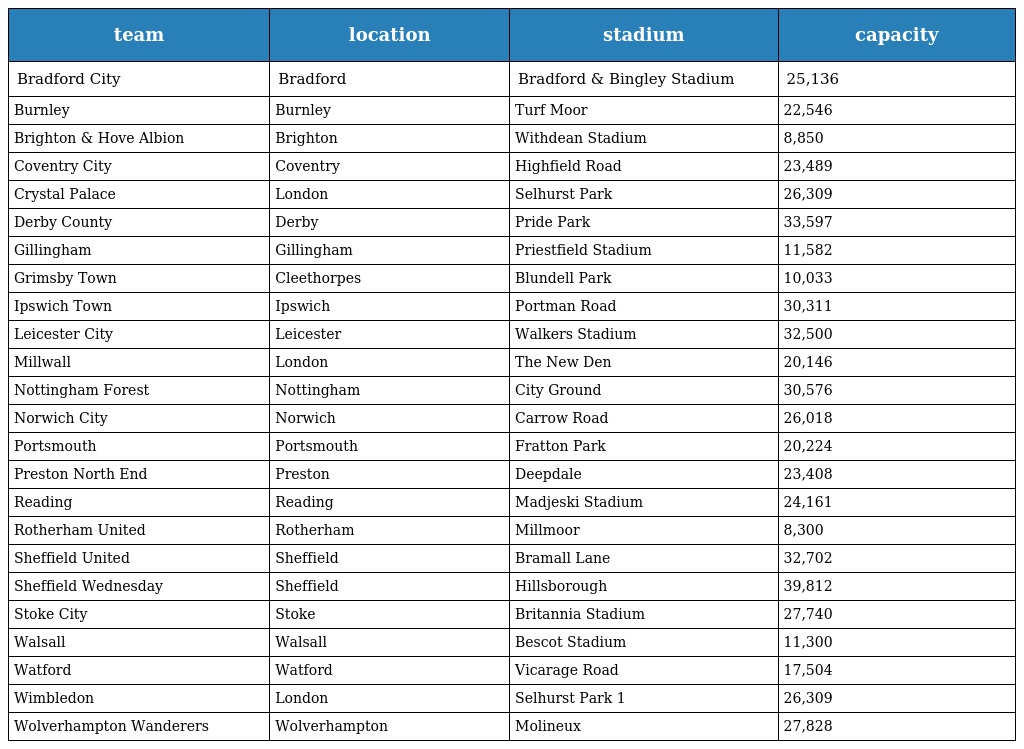
| team | location | stadium | capacity |
 | --- | --- | --- | --- |
 | Bradford City | Bradford | Bradford & Bingley Stadium | 25,136 |
 | Burnley | Burnley | Turf Moor | 22,546 |
 | Brighton & Hove Albion | Brighton | Withdean Stadium | 8,850 |
 | Coventry City | Coventry | Highfield Road | 23,489 |
 | Crystal Palace | London | Selhurst Park | 26,309 |
 | Derby County | Derby | Pride Park | 33,597 |
 | Gillingham | Gillingham | Priestfield Stadium | 11,582 |
 | Grimsby Town | Cleethorpes | Blundell Park | 10,033 |
 | Ipswich Town | Ipswich | Portman Road | 30,311 |
 | Leicester City | Leicester | Walkers Stadium | 32,500 |
 | Millwall | London | The New Den | 20,146 |
 | Nottingham Forest | Nottingham | City Ground | 30,576 |
 | Norwich City | Norwich | Carrow Road | 26,018 |
 | Portsmouth | Portsmouth | Fratton Park | 20,224 |
 | Preston North End | Preston | Deepdale | 23,408 |
 | Reading | Reading | Madjeski Stadium | 24,161 |
 | Rotherham United | Rotherham | Millmoor | 8,300 |
 | Sheffield United | Sheffield | Bramall Lane | 32,702 |
 | Sheffield Wednesday | Sheffield | Hillsborough | 39,812 |
 | Stoke City | Stoke | Britannia Stadium | 27,740 |
 | Walsall | Walsall | Bescot Stadium | 11,300 |
 | Watford | Watford | Vicarage Road | 17,504 |
 | Wimbledon | London | Selhurst Park 1 | 26,309 |
 | Wolverhampton Wanderers | Wolverhampton | Molineux | 27,828 |